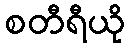
စတီရီယို